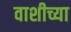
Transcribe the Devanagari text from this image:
वाशीच्या